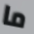
ما